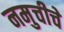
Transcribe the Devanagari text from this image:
नमुचीचे